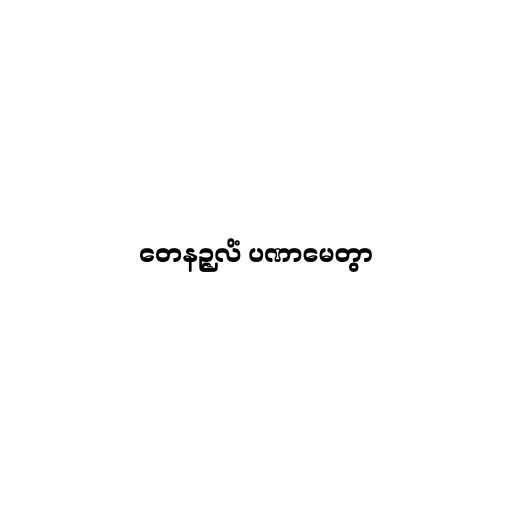
တေနဉ္ဇလိံ ပဏာမေတွာ